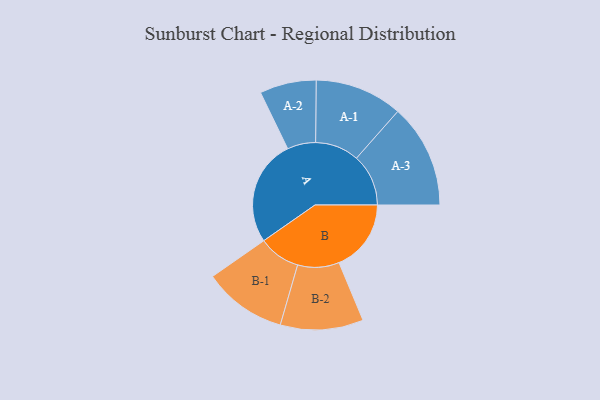
{"axis": {"x": "Segment", "y": "Value"}, "legend": ["", "A", "B"], "data": [{"x": "A", "y": 457, "type": ""}, {"x": "B", "y": 311, "type": ""}, {"x": "A-1", "y": 189, "type": "A"}, {"x": "A-2", "y": 122, "type": "A"}, {"x": "A-3", "y": 224, "type": "A"}, {"x": "B-1", "y": 180, "type": "B"}, {"x": "B-2", "y": 179, "type": "B"}]}